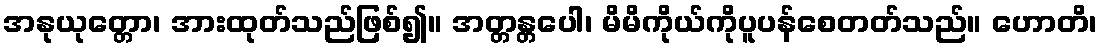
အနုယုတ္တော၊ အားထုတ်သည်ဖြစ်၍။ အတ္တန္တပေါ၊ မိမိကိုယ်ကိုပူပန်စေတတ်သည်။ ဟောတိ၊